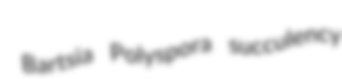
Bartsia Polyspora succulency